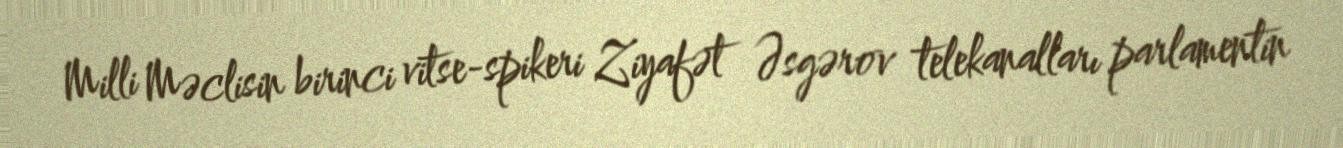
Milli Məclisin birinci vitse-spikeri Ziyafət Əsgərov telekanalları parlamentin